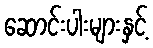
ဆောင်းပါးများနှင့်